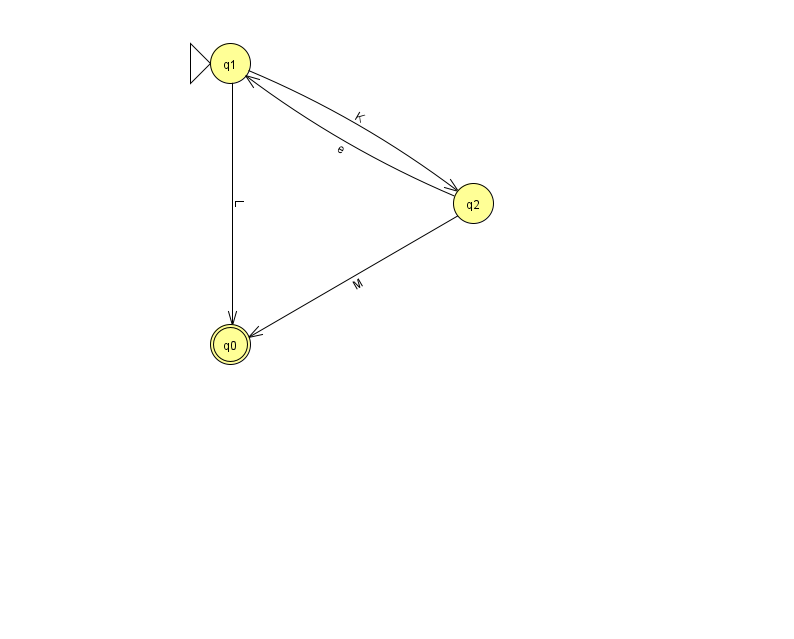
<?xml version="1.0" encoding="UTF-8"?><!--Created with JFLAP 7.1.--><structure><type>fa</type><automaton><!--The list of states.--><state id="0" name="q0"><x>230.0</x><y>331.0</y><final/></state><state id="1" name="q1"><x>230.0</x><y>50.0</y><initial/></state><state id="2" name="q2"><x>473.0</x><y>190.0</y></state><!--The list of transitions.--><transition><from>1</from><to>0</to><read>L</read></transition><transition><from>1</from><to>2</to><read>K</read></transition><transition><from>2</from><to>0</to><read>M</read></transition><transition><from>2</from><to>1</to><read>e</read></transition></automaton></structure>